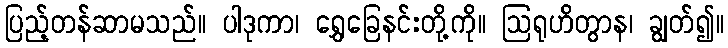
ပြည့်တန်ဆာမသည်။ ပါဒုကာ၊ ရွှေခြေနင်းတို့ကို။ ဩရုဟိတွာန၊ ချွတ်၍။